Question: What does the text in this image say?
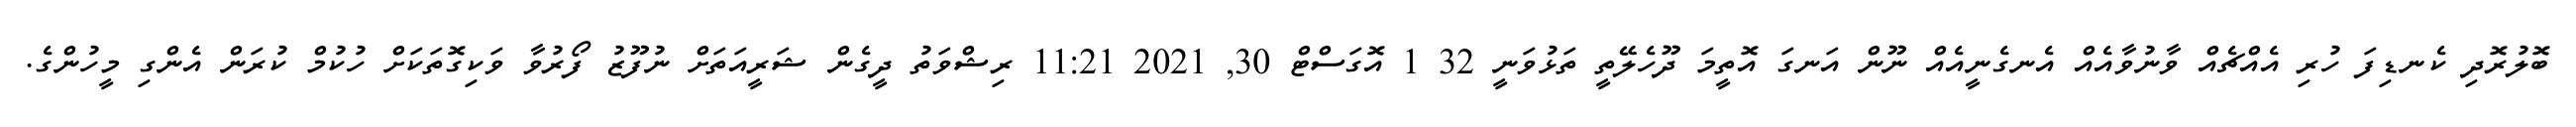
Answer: ބޮލުރޮދި ކެނޑިފަ ހުރި އެއްޗެއް ވާނުވާއެއް އެނގެނީއެއް ނޫން އަނގަ އޮތީމަ ދޫހެލޭތީ ތަޅުވަނީ 32 1 އޮގަސްޓް 30, 2021 11:21 ރިޝްވަތު ދީގެން ޝަރީއަތަށް ނުފޫޒު ފޯރުވާ ވަކިގޮތަކަށް ހުކުމް ކުރަން އެންގި މީހުންގެ.